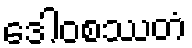
ဒေါဝစဿတံ